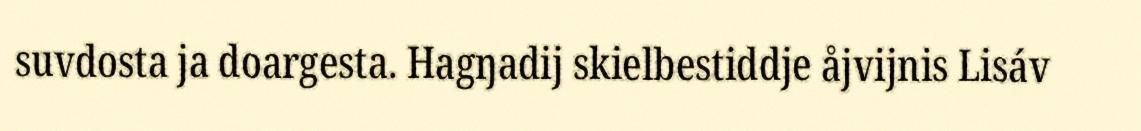
suvdosta ja doargesta. Hagŋadij skielbestiddje åjvijnis Lisáv